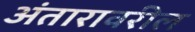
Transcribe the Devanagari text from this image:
अंतारावरील